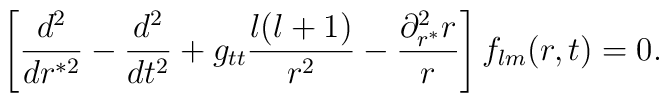
\left[\frac{d^2}{dr^{*2}}-\frac{d^2}{dt^{2}}+g_{tt}\frac{l(l+1)}{r^{2}}-\frac{\partial^{2}_{r^*} r}{r}\right]f_{lm}(r,t)=0.